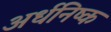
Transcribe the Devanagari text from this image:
अर्धनिष्क